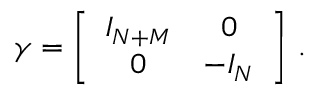
\gamma = \biggl [ \begin{array} { c c } { { I _ { N + M } } } & { { 0 } } \\ { { 0 } } & { { - I _ { N } } } \end{array} \biggr ] \ .